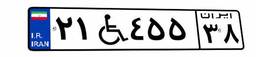
۲۱W۴۵۵۳۸